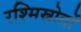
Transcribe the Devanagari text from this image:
रश्मिस्रोतों